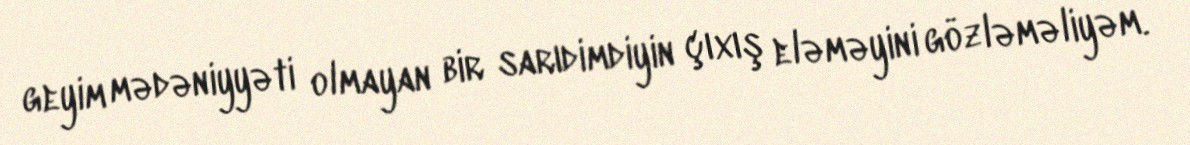
geyim mədəniyyəti olmayan bir sarıdimdiyin çıxış eləməyini gözləməliyəm.